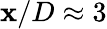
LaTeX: \mathbf{x}/D\approx3